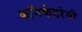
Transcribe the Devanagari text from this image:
कॉनफेडरेसी